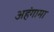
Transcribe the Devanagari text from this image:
अहंगामा